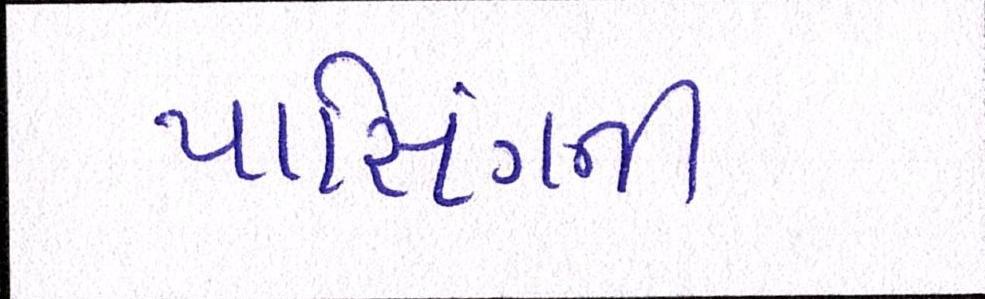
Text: પાસિંગની